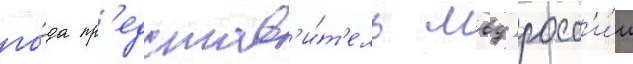
го́да пр'едстав'и́т'ель мвд росс'и́и